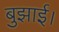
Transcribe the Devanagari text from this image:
बुझाई।